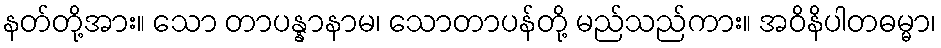
နတ်တို့အား။ သော တာပန္နာနာမ၊ သောတာပန်တို့ မည်သည်ကား။ အဝိနိပါတဓမ္မာ၊